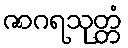
ဇာဂရသုတ္တံ